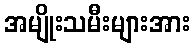
အမျိုးသမီးများအား